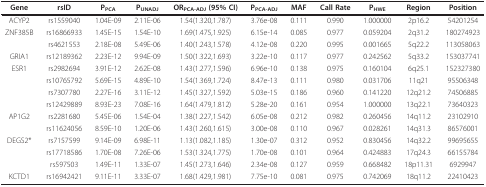
<table><thead><tr><td><b>Gene</b></td><td><b>rsID</b></td><td><b>P<sub>PCA</sub></b></td><td><b>P<sub>UNADJ</sub></b></td><td><b>OR<sub>PCA-ADJ </sub>(95% CI)</b></td><td><b>P<sub>PCA-ADJ </sub></b></td><td><b>MAF</b></td><td><b>Call Rate</b></td><td><b>P<sub>HWE</sub></b></td><td><b>Region</b></td><td><b>Position</b></td></tr></thead><tbody><tr><td>ACYP2</td><td>rs1559040</td><td>1.04E-09</td><td>2.11E-06</td><td>1.54(1.320,1.787)</td><td>3.76e-08</td><td>0.111</td><td>0.990</td><td>1.000000</td><td>2p16.2</td><td>54201254</td></tr><tr><td>ZNF385B</td><td>rs16866933</td><td>1.45E-15</td><td>1.54E-10</td><td>1.69(1.475,1.925)</td><td>6.15e-14</td><td>0.085</td><td>0.977</td><td>0.059204</td><td>2q31.2</td><td>180274923</td></tr><tr><td></td><td>rs4621553</td><td>2.18E-08</td><td>5.49E-06</td><td>1.40(1.243,1.578)</td><td>4.12e-08</td><td>0.220</td><td>0.995</td><td>0.001665</td><td>5q22.2</td><td>113058063</td></tr><tr><td>GRIA1</td><td>rs12189362</td><td>2.23E-12</td><td>9.94E-09</td><td>1.50(1.322,1.693)</td><td>3.22e-10</td><td>0.117</td><td>0.977</td><td>0.242562</td><td>5q33.2</td><td>153037741</td></tr><tr><td>ESR1</td><td>rs2982694</td><td>3.91E-12</td><td>2.62E-08</td><td>1.43(1.277,1.596)</td><td>6.96e-10</td><td>0.138</td><td>0.975</td><td>0.160104</td><td>6q25.1</td><td>152327380</td></tr><tr><td></td><td>rs10765792</td><td>5.69E-15</td><td>4.89E-10</td><td>1.54(1.369,1.724)</td><td>8.47e-13</td><td>0.111</td><td>0.980</td><td>0.031706</td><td>11q21</td><td>95506348</td></tr><tr><td></td><td>rs7307780</td><td>2.27E-16</td><td>3.11E-12</td><td>1.45(1.327,1.592)</td><td>5.03e-15</td><td>0.186</td><td>0.960</td><td>0.141220</td><td>12q21.2</td><td>74506885</td></tr><tr><td></td><td>rs12429889</td><td>8.93E-23</td><td>7.08E-16</td><td>1.64(1.479,1.812)</td><td>5.28e-20</td><td>0.161</td><td>0.954</td><td>1.000000</td><td>13q22.1</td><td>73640323</td></tr><tr><td>AP1G2</td><td>rs2281680</td><td>5.45E-06</td><td>1.54E-04</td><td>1.38(1.227,1.542)</td><td>6.05e-08</td><td>0.212</td><td>0.982</td><td>0.260456</td><td>14q11.2</td><td>23102910</td></tr><tr><td></td><td>rs11624056</td><td>8.59E-10</td><td>1.20E-06</td><td>1.43(1.260,1.615)</td><td>3.00e-08</td><td>0.110</td><td>0.967</td><td>0.028261</td><td>14q31.3</td><td>86576001</td></tr><tr><td>DEGS2*</td><td>rs7157599</td><td>9.14E-09</td><td>6.98E-11</td><td>1.13(1.082,1.185)</td><td>1.30e-07</td><td>0.312</td><td>0.952</td><td>0.830456</td><td>14q32.2</td><td>99695655</td></tr><tr><td></td><td>rs17718586</td><td>1.70E-08</td><td>7.26E-06</td><td>1.53(1.324,1.775)</td><td>1.70e-08</td><td>0.101</td><td>0.964</td><td>0.424883</td><td>17q24.3</td><td>66155784</td></tr><tr><td></td><td>rs597503</td><td>1.49E-11</td><td>1.33E-07</td><td>1.45(1.273,1.646)</td><td>2.34e-08</td><td>0.127</td><td>0.959</td><td>0.668482</td><td>18p11.31</td><td>6929947</td></tr><tr><td>KCTD1</td><td>rs16942421</td><td>9.11E-11</td><td>3.33E-07</td><td>1.68(1.429,1.981)</td><td>7.75e-10</td><td>0.081</td><td>0.975</td><td>0.742069</td><td>18q11.2</td><td>22410423</td></tr></tbody></table>